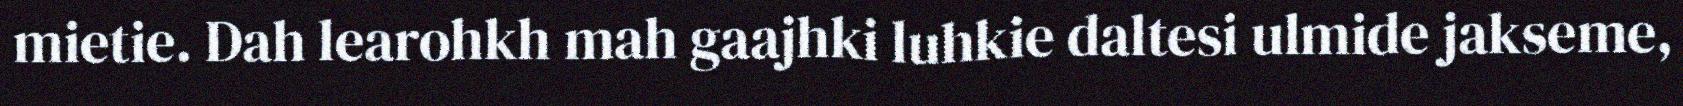
mietie. Dah learohkh mah gaajhki luhkie daltesi ulmide jakseme,